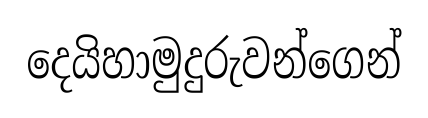
දෙයිහාමුදුරුවන්ගෙන්